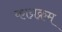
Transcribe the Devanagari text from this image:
काय्रक्रम